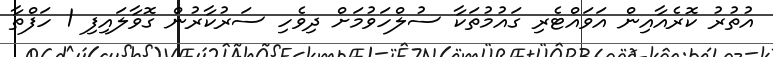
އުތުރު ކޮރެއާއިން އަވައްޓެރި ގައުމުތަކާ ސުލްހަވުމަށް ދިވެހި ސަރުކާރުން ގޮވާލައިފި 1 ހަފްތާ